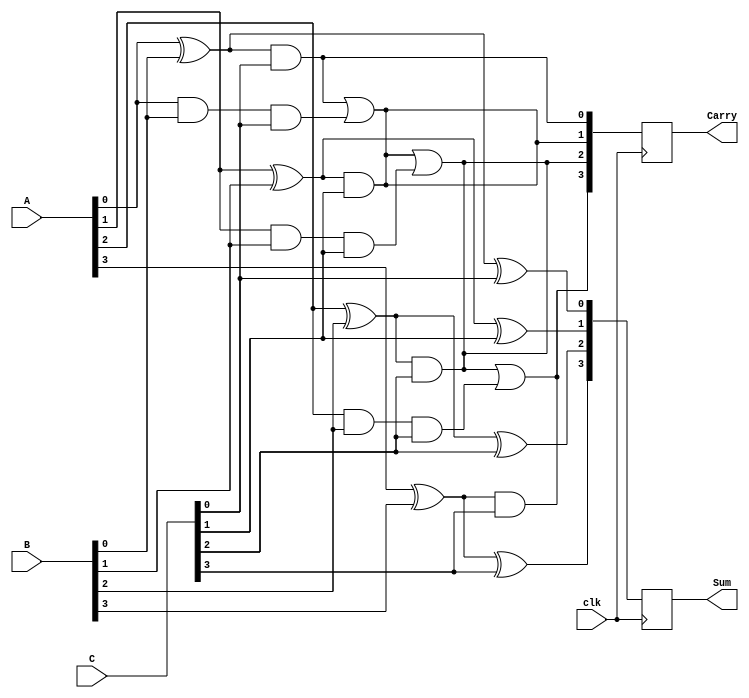
module DynamicCarrySaveAdder #(parameter N = 4)(
    input [N-1:0] A,        // First input
    input [N-1:0] B,        // Second input
    input [N-1:0] C,        // Third input (if needed)
    input clk,              // Clock signal for dynamic logic
    output reg [N-1:0] Sum, // Sum output
    output reg [N-1:0] Carry // Carry output
);

    // Internal signals
    wire [N-1:0] half_sum;
    wire [N-1:0] half_carry;
    wire [N-1:0] full_sum;
    wire [N-1:0] full_carry;

    // Half Adder for A and B
    generate
        genvar i;
        for (i = 0; i < N; i = i + 1) begin: half_adder
            assign half_sum[i] = A[i] ^ B[i]; // Sum
            assign half_carry[i] = A[i] & B[i]; // Carry
        end
    endgenerate

    // Full Adder for Half Sum and C
    generate
        for (i = 0; i < N; i = i + 1) begin: full_adder
            assign full_sum[i] = half_sum[i] ^ C[i]; // Sum
            assign full_carry[i] = half_sum[i] & C[i]; // Carry
        end
    endgenerate

    // Carry propagation
    generate
        for (i = 0; i < N-1; i = i + 1) begin: carry_propagation
            assign full_carry[i+1] = full_carry[i] | (half_carry[i] & C[i]); // Propagate carries
        end
    endgenerate

    // Output logic, synchronized with clock
    always @(posedge clk) begin
        Sum <= full_sum;          // Update Sum output
        Carry <= full_carry;      // Update Carry output
    end

endmodule